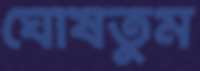
ঘোষতুম